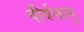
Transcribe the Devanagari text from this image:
वीर्यभानु